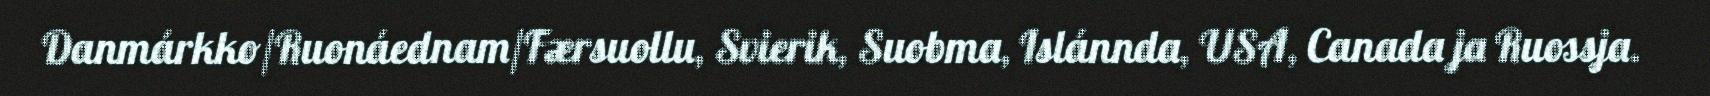
Danmárkko/Ruonáednam/Færsuollu, Svierik, Suobma, Islánnda, USA, Canada ja Ruossja.